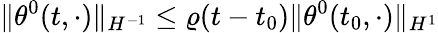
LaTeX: \| \theta^{0}(t,\cdot)\| _{H^{-1}}\leq\varrho(t-t_{0})\| \theta^{0}(t_{0},\cdot)\| _{H^{1}}